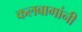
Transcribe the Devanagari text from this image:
कलबागांनी